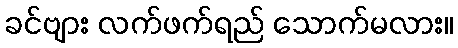
ခင်ဗျား လက်ဖက်ရည် သောက်မလား။